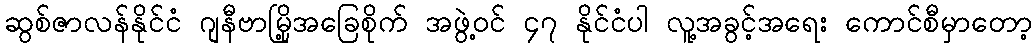
ဆွစ်ဇာလန်နိုင်ငံ ဂျနီဗာမြို့အခြေစိုက် အဖွဲ့ဝင် ၄၇ နိုင်ငံပါ လူ့အခွင့်အရေး ကောင်စီမှာတော့